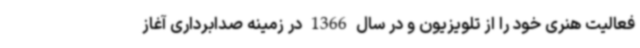
فعالیت هنری خود را از تلویزیون و در سال 1366 در زمینه صدابرداری آغاز